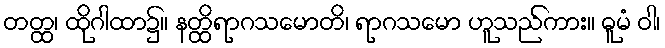
တတ္ထ၊ ထိုဂါထာ၌။ နတ္ထိရာဂသမောတိ၊ ရာဂသမော ဟူသည်ကား။ ဓူမံ ဝါ၊